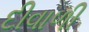
દીવાળી